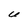
Character: U